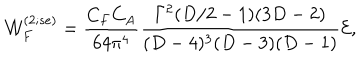
{ \cal W } _ { F } ^ { ( 2 ; s e ) } = { \frac { C _ { F } C _ { A } } { 6 4 { \pi } ^ { 4 } } } { \frac { \Gamma ^ { 2 } ( D / 2 - 1 ) ( 3 D - 2 ) } { ( D - 4 ) ^ { 3 } ( D - 3 ) ( D - 1 ) } } { \cal E } ,